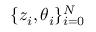
\{ z _ { i } , \theta _ { i } \} _ { i = 0 } ^ { N }